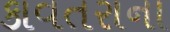
કાવતરાના